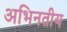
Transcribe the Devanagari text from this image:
अभिनतीय